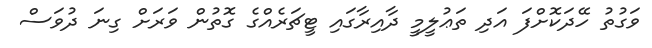
ވަގުތު ހޭދަކޮށްފަ އަދި ތަޢުލީމީ ދާއިރާގައި ޓީޗަރެއްގެ ގޮތުން ވަރަށް ގިނަ ދުވަސް